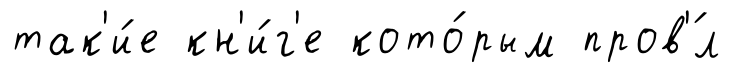
так'и́е кн'и́г'е кото́рым пров'́л